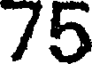
75